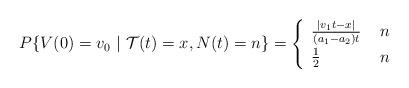
LaTeX: \begin{align*}P \{ V(0) = v_0\ |\ \mathcal{T}(t) = x, N(t) = n\} =\begin{cases}\begin{array}{l l} \frac{|v_1t-x|}{(a_1-a_2)t} & \ n\ \\\frac{1}{2} & \ n\ \end{array}\end{cases}\end{align*}